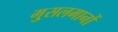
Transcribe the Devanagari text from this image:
मु्सलमानों